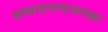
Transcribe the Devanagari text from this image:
सम्यगानन्दजनकः